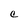
Character: C